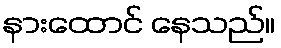
နားထောင် နေသည်။